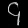
Digit: ၄